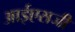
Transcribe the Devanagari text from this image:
आईएसजी